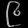
Digit: ၉